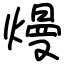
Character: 熳